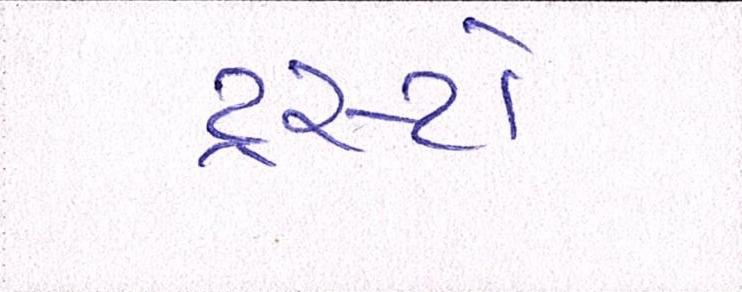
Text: ટ્રસ્ટો